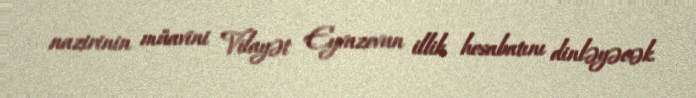
nazirinin müavini Vilayət Eyvazovun illik hesabatını dinləyəcək.